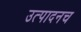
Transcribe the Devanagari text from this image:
उत्पादनच